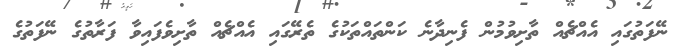
ނޭފަތުގައި އެއްޗެއް ތާށިވުމުން ފެނިދާނެ ކަންތައްތަކުގެ ތެރޭގައި އެއްޗެއް ތާށިވެފައިވާ ފަރާތުގެ ނޭފަތުގެ